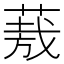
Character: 𮐈